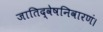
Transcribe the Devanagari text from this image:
जातिद्वेषनिवारणं।